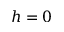
h = 0